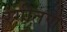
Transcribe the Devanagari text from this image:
रंगीतण